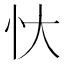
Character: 忕